Lunatic asylums in Bengal annual reports 1888-1898 - 1888-1898
Year: 1888
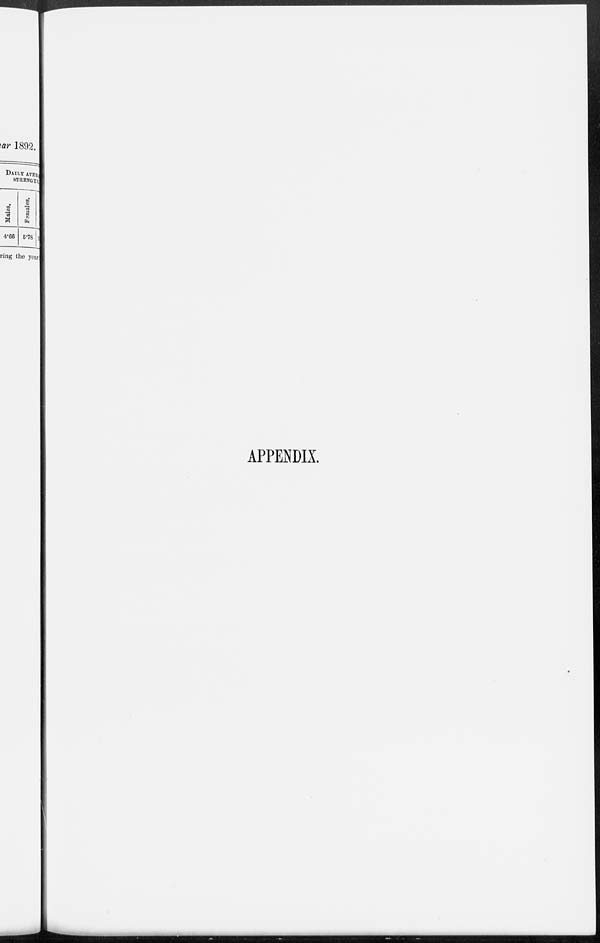
APPENDIX.